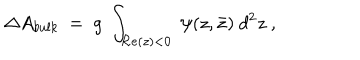
\Delta A _ { b u l k } ~ = ~ g ~ \int _ { { \cal R } e ( z ) < 0 } ~ \psi ( z , \bar { z } ) ~ d ^ { 2 } z \ ,